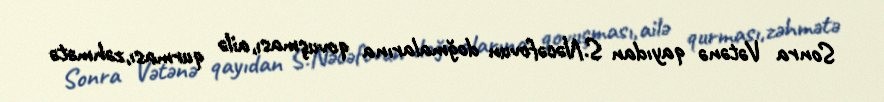
Sonra Vətənə qayıdan S.Nəcəfovun doğmalarına qovuşması,ailə qurması,zəhmətə